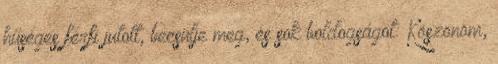
hűséges férfi jutott, becsülje meg, és sok boldogságot: Köszönöm,